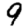
Digit: 9